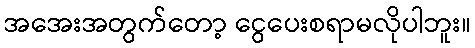
အအေးအတွက်တော့ ငွေပေးစရာမလိုပါဘူး။